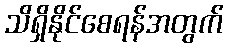
သိရှိနိုင်စေရန်အတွက်